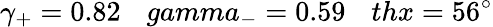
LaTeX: \gamma_{+}=0.82\ \ \ \, gamma_{-}=0.59\ \ \ \, thx=56^{\circ}